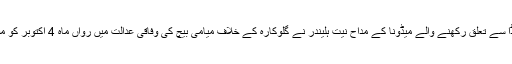
ریاست فلوریڈا سے تعلق رکھنے والے میڈونا کے مداح نیت ہلیندر نے گلوکارہ کے خلاف میامی بیچ کی وفاقی عدالت میں رواں ماہ 4 اکتوبر کو مقدمہ دائر کیا۔